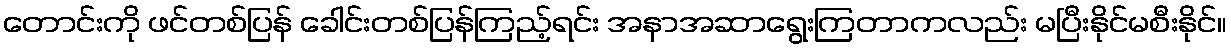
တောင်းကို ဖင်တစ်ပြန် ခေါင်းတစ်ပြန်ကြည့်ရင်း အနာအဆာရွေးကြတာကလည်း မပြီးနိုင်မစီးနိုင်။